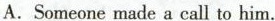
A.Someone made a call to him.